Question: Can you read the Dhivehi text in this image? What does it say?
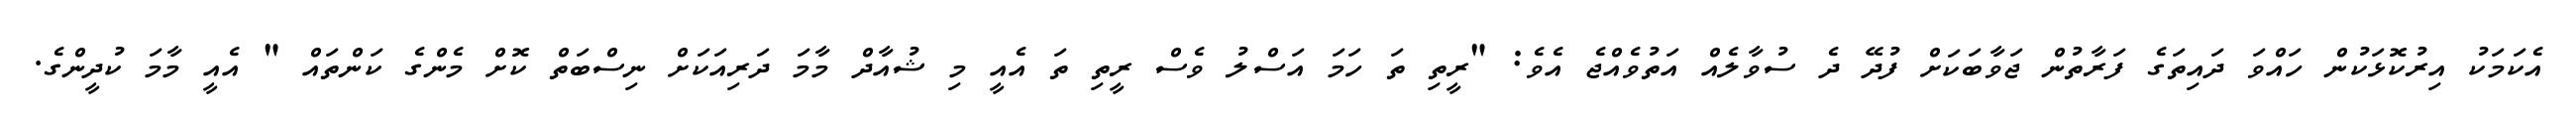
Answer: އެކަމަކު އިރުކޮޅަކުން ހައްވަ ދައިތަގެ ފަރާތުން ޖަވާބަކަށް ފުދޭ ދެ ސުވާލެއް އަތުވެއްޖެ އެވެ: "ރީތި ތަ ހަމަ އަސްލު ވެސް ރީތި ތަ އެއީ މި ޝުއާދް މާމަ ދަރިއަކަށް ނިސްބަތް ކޮށް މެންގެ ކަންތައް " އެއީ މާމަ ކުދީންގެ.